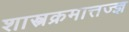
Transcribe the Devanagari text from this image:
शास्त्रक्रमात्तज्ज्ञ